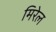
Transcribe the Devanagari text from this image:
मिरेल